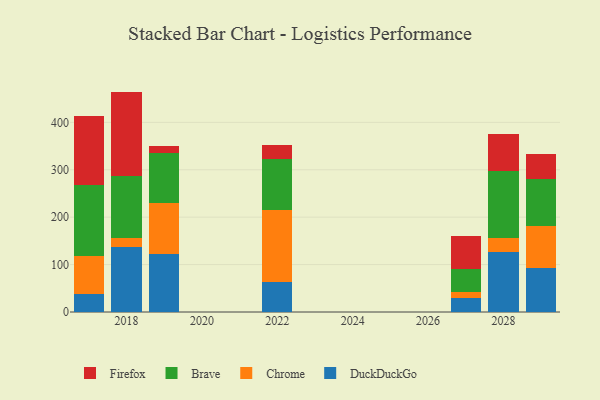
{"axis": {"x": "Year", "y": "Population (Million)"}, "legend": ["Brave", "Chrome", "DuckDuckGo", "Firefox"], "data": [{"x": "2018", "y": 137.0, "type": "DuckDuckGo"}, {"x": "2018", "y": 19.2, "type": "Chrome"}, {"x": "2018", "y": 131.5, "type": "Brave"}, {"x": "2018", "y": 177.2, "type": "Firefox"}, {"x": "2022", "y": 63.9, "type": "DuckDuckGo"}, {"x": "2022", "y": 151.7, "type": "Chrome"}, {"x": "2022", "y": 107.4, "type": "Brave"}, {"x": "2022", "y": 29.2, "type": "Firefox"}, {"x": "2019", "y": 122.5, "type": "DuckDuckGo"}, {"x": "2019", "y": 106.8, "type": "Chrome"}, {"x": "2019", "y": 106.1, "type": "Brave"}, {"x": "2019", "y": 15.3, "type": "Firefox"}, {"x": "2029", "y": 92.7, "type": "DuckDuckGo"}, {"x": "2029", "y": 87.8, "type": "Chrome"}, {"x": "2029", "y": 100.3, "type": "Brave"}, {"x": "2029", "y": 51.6, "type": "Firefox"}, {"x": "2028", "y": 127.1, "type": "DuckDuckGo"}, {"x": "2028", "y": 28.0, "type": "Chrome"}, {"x": "2028", "y": 143.1, "type": "Brave"}, {"x": "2028", "y": 77.0, "type": "Firefox"}, {"x": "2017", "y": 38.3, "type": "DuckDuckGo"}, {"x": "2017", "y": 79.0, "type": "Chrome"}, {"x": "2017", "y": 150.6, "type": "Brave"}, {"x": "2017", "y": 145.5, "type": "Firefox"}, {"x": "2027", "y": 28.9, "type": "DuckDuckGo"}, {"x": "2027", "y": 13.2, "type": "Chrome"}, {"x": "2027", "y": 48.5, "type": "Brave"}, {"x": "2027", "y": 70.2, "type": "Firefox"}]}